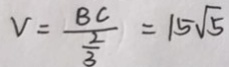
V = \frac { B C } { \frac { 2 } { 3 } } = 1 5 \sqrt { 5 }